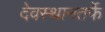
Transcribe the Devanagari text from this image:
देवस्थानतर्फे